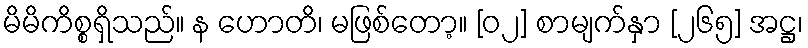
မိမိကိစ္စရှိသည်။ န ဟောတိ၊ မဖြစ်တော့။ [၀၂] စာမျက်နှာ [၂၆၅] အဋ္ဌ၊